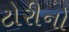
ટોરીનો